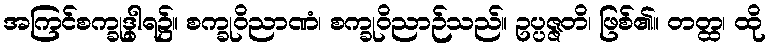
အကြင်စက္ခုဒွါရ၌။ စက္ခုဝိညာဏံ၊ စက္ခုဝိညာဉ်သည်။ ဥပ္ပဇ္ဇတိ၊ ဖြစ်၏။ တတ္ထ၊ ထို